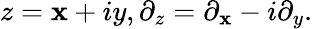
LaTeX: z=\mathbf{x}+iy,\partial_{z}=\partial_{\mathbf{x}}-i\partial_{y}.